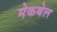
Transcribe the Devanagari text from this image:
मेकबेल